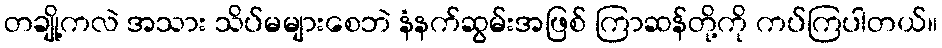
တချို့ကလဲ အသား သိပ်မများစေဘဲ နံနက်ဆွမ်းအဖြစ် ကြာဆန်တို့ကို ကပ်ကြပါတယ်။